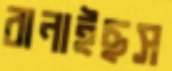
বানাইছস